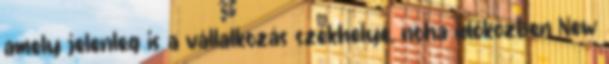
amely jelenleg is a vállalkozás székhelye, noha időközben New